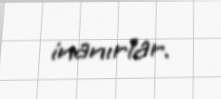
inanırlar.